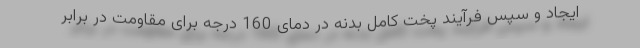
ایجاد و سپس فرآیند پخت کامل بدنه در دمای 160 درجه برای مقاومت در برابر